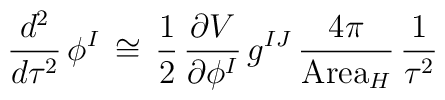
\frac{d^2}{d\tau^2}\, \phi^I \, \cong \, \frac{1}{2} \,\frac{\partial V}{\partial \phi^I} \, g^{IJ} \, \frac{4\pi}{\mbox{Area}_H} \, \frac{1}{\tau^2}